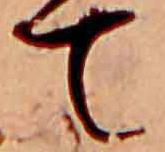
て